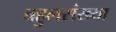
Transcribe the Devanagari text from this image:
बहुलसंख्या